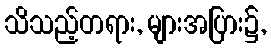
သိသည့်တရား, များအပြား၌,